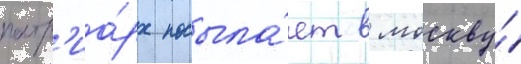
патр'иа́рх посыла́ет в москву́